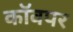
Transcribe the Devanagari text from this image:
कॉवपर